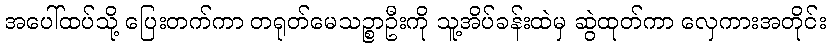
အပေါ်ထပ်သို့ ပြေးတက်ကာ တရုတ်မေသဉ္စာဦးကို သူ့အိပ်ခန်းထဲမှ ဆွဲထုတ်ကာ လှေကားအတိုင်း